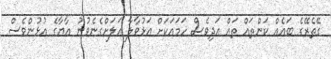
ގޭތެރޭގެ ބައެއް ކަންތައް ތައް އަދިވެސް ހަމައަކަށް އަޅުވާލާ އަލަށްގެނެވުނު އާޔާގެ އުޅުންވެސް